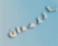
اللمعان